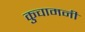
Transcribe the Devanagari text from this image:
कुचामनी